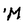
Character: M